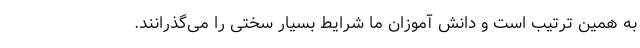
به همین ترتیب است و دانش آموزان ما شرایط بسیار سختی را می‌گذرانند.